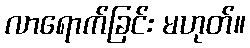
လာရောက်ခြင်း မဟုတ်။